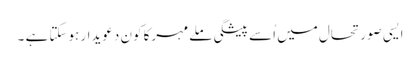
ایسی صورتحال میں اُسے پیشگی ملےمہرکا کون دعویدار ہوسکتا ہے ۔